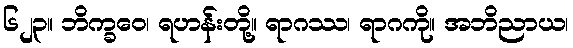
၆၂၃။ ဘိက္ခဝေ၊ ရဟန်းတို့။ ရာဂဿ၊ ရာဂကို။ အဘိညာယ၊